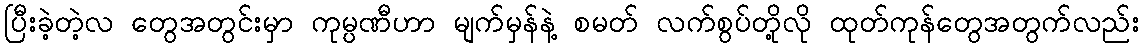
ပြီးခဲ့တဲ့လ တွေအတွင်းမှာ ကုမ္ပဏီဟာ မျက်မှန်နဲ့ စမတ် လက်စွပ်တို့လို ထုတ်ကုန်တွေအတွက်လည်း